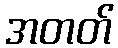
အတတ်